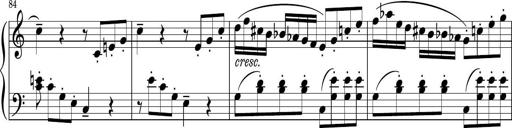
Title: Sonatina PandemÃ³nium
Composer: VÃ­ctor Carbajo
Key: C major